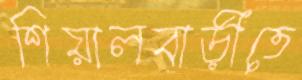
শিয়ালবাড়ীতে